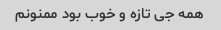
همه جی تازه و خوب بود ممنونم